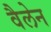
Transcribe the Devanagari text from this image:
वैलेन